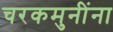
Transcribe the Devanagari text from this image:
चरकमुनींना